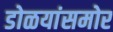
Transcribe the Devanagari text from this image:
डोळयांसमोर